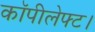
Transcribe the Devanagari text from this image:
कॉपीलेफ्ट।